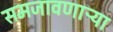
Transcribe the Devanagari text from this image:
समजावणाऱ्या